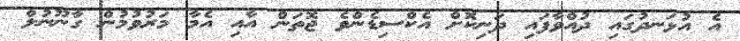
އެ އުޅަނދުގައި ދުއްވާފައި ދަނިކޮށް އެކްސިޑެންވެ ޖޮތަން އާއި އެމާ މަރުވުމުން ގާނޫނުލް